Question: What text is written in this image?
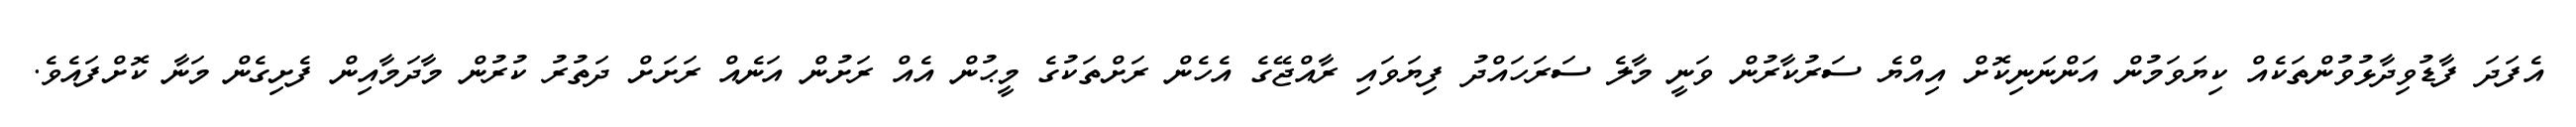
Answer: އެފަދަ ފާޑުވިދާޅުވުންތަކެއް ކިޔަވަމުން އަންނަނިކޮށް އިއްޔެ ސަރުކާރުން ވަނީ މާލެ ސަރަހައްދު ފިޔަވައި ރާއްޖޭގެ އެހެން ރަށްތަކުގެ މީޙުން އެއް ރަށުން އަނެއް ރަށަށް ދަތުރު ކުރުން މާދަމާއިން ފެށިގެން މަނާ ކޮށްފައެވެ.